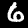
Digit: 6